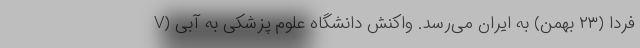
V) فردا (۲۳ بهمن) به ایران می‌رسد. واکنش دانشگاه علوم پزشکی به آبی